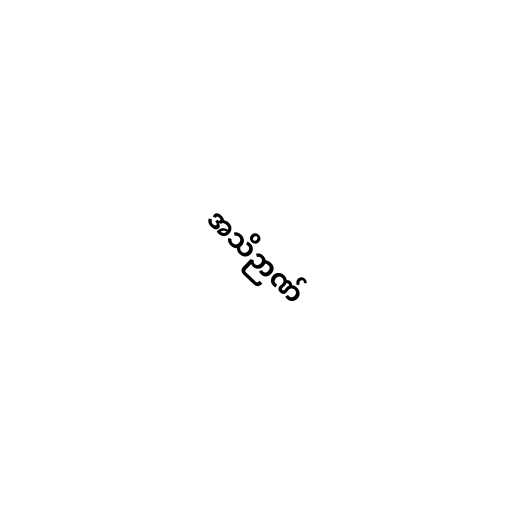
အသိဉာဏ်